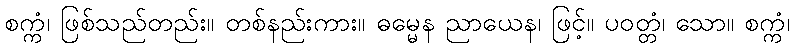
စက္ကံ၊ ဖြစ်သည်တည်း။ တစ်နည်းကား။ ဓမ္မေန ညာယေန၊ ဖြင့်။ ပဝတ္တံ၊ သော။ စက္ကံ၊